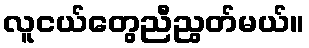
လူငယ်တွေညီညွတ်မယ်။